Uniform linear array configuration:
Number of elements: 64
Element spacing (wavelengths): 1
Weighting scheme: hann
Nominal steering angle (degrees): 45
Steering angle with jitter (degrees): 45.099
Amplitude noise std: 0.05
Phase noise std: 0.05

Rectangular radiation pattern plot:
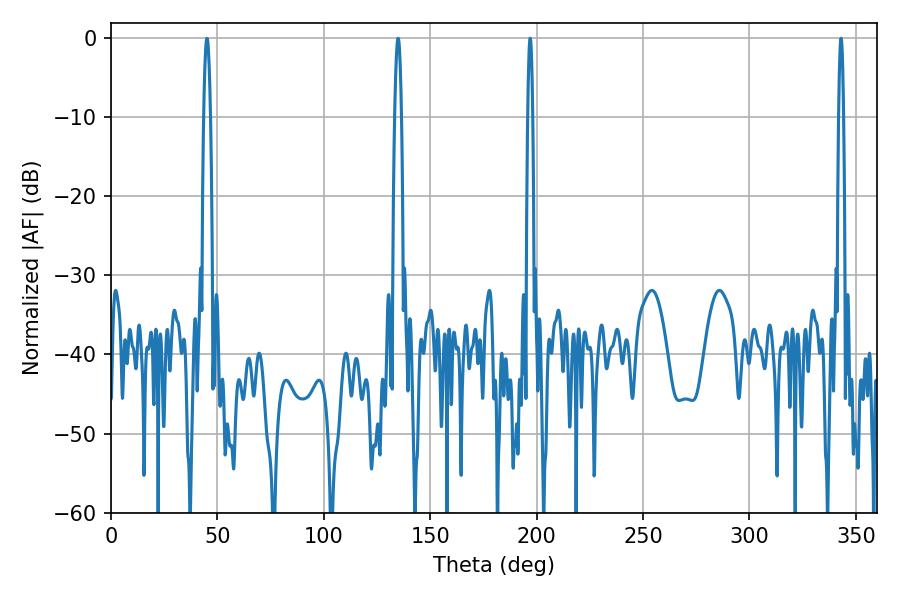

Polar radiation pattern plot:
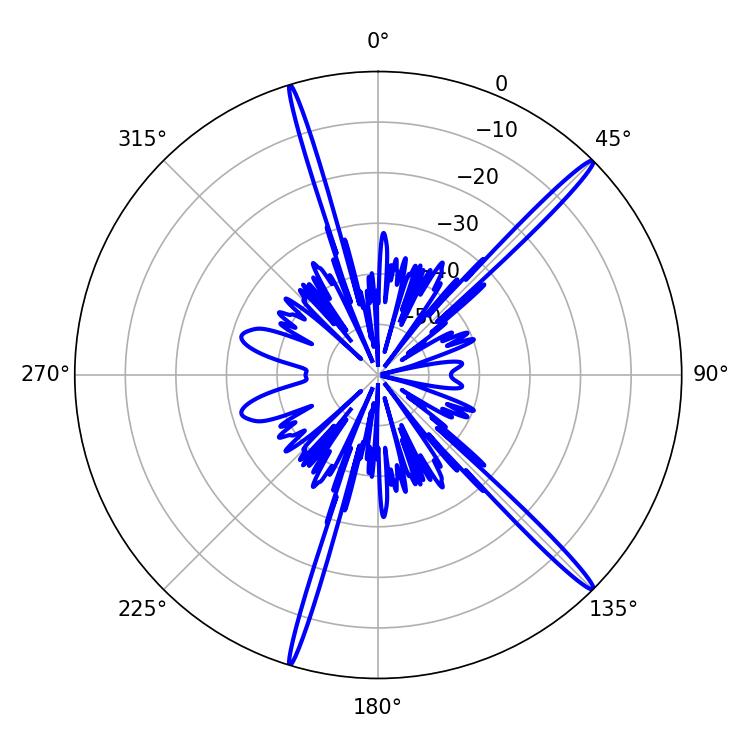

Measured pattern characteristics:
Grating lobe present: TRUE
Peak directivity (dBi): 17.788
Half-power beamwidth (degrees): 1.26
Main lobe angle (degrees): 196.92